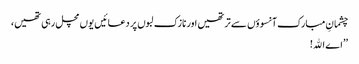
چشمانِ مبارک آنسوؤں سے تر تھیں اور نازک لبوں پر دعائیں یوں مچل رہی تھیں،
’’اے اﷲ!